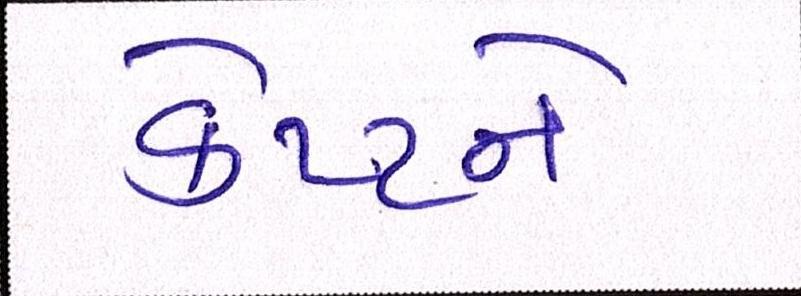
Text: કેપ્ટને